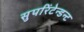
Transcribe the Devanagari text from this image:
सुपरिंटेन्डन्ट